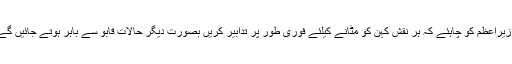
وزیراعظم کو چاہئے کہ ہر نقش کہن کو مٹانے کیلئے فوری طور پر تدابیر کریں بصورت دیگر حالات قابو سے باہر ہوتے جائیں گے۔